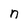
Character: n